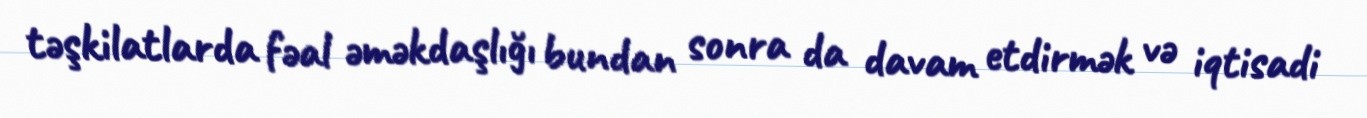
təşkilatlarda fəal əməkdaşlığı bundan sonra da davam etdirmək və iqtisadi